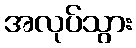
အလုပ်သွား